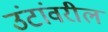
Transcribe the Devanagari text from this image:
उंटांवरील